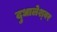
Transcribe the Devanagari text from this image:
दुधालेश्‍वर